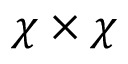
\chi \times \chi